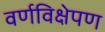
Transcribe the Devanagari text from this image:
वर्णविक्षेपण